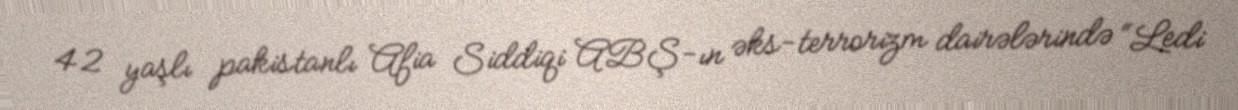
42 yaşlı pakistanlı Afia Siddiqi ABŞ-ın əks-terrorizm dairələrində “Ledi